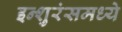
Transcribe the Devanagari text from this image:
इन्शुरंसमध्ये